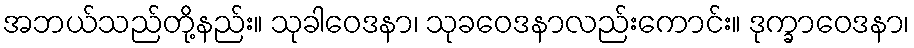
အဘယ်သည်တို့နည်း။ သုခါဝေဒနာ၊ သုခဝေဒနာလည်းကောင်း။ ဒုက္ခာဝေဒနာ၊